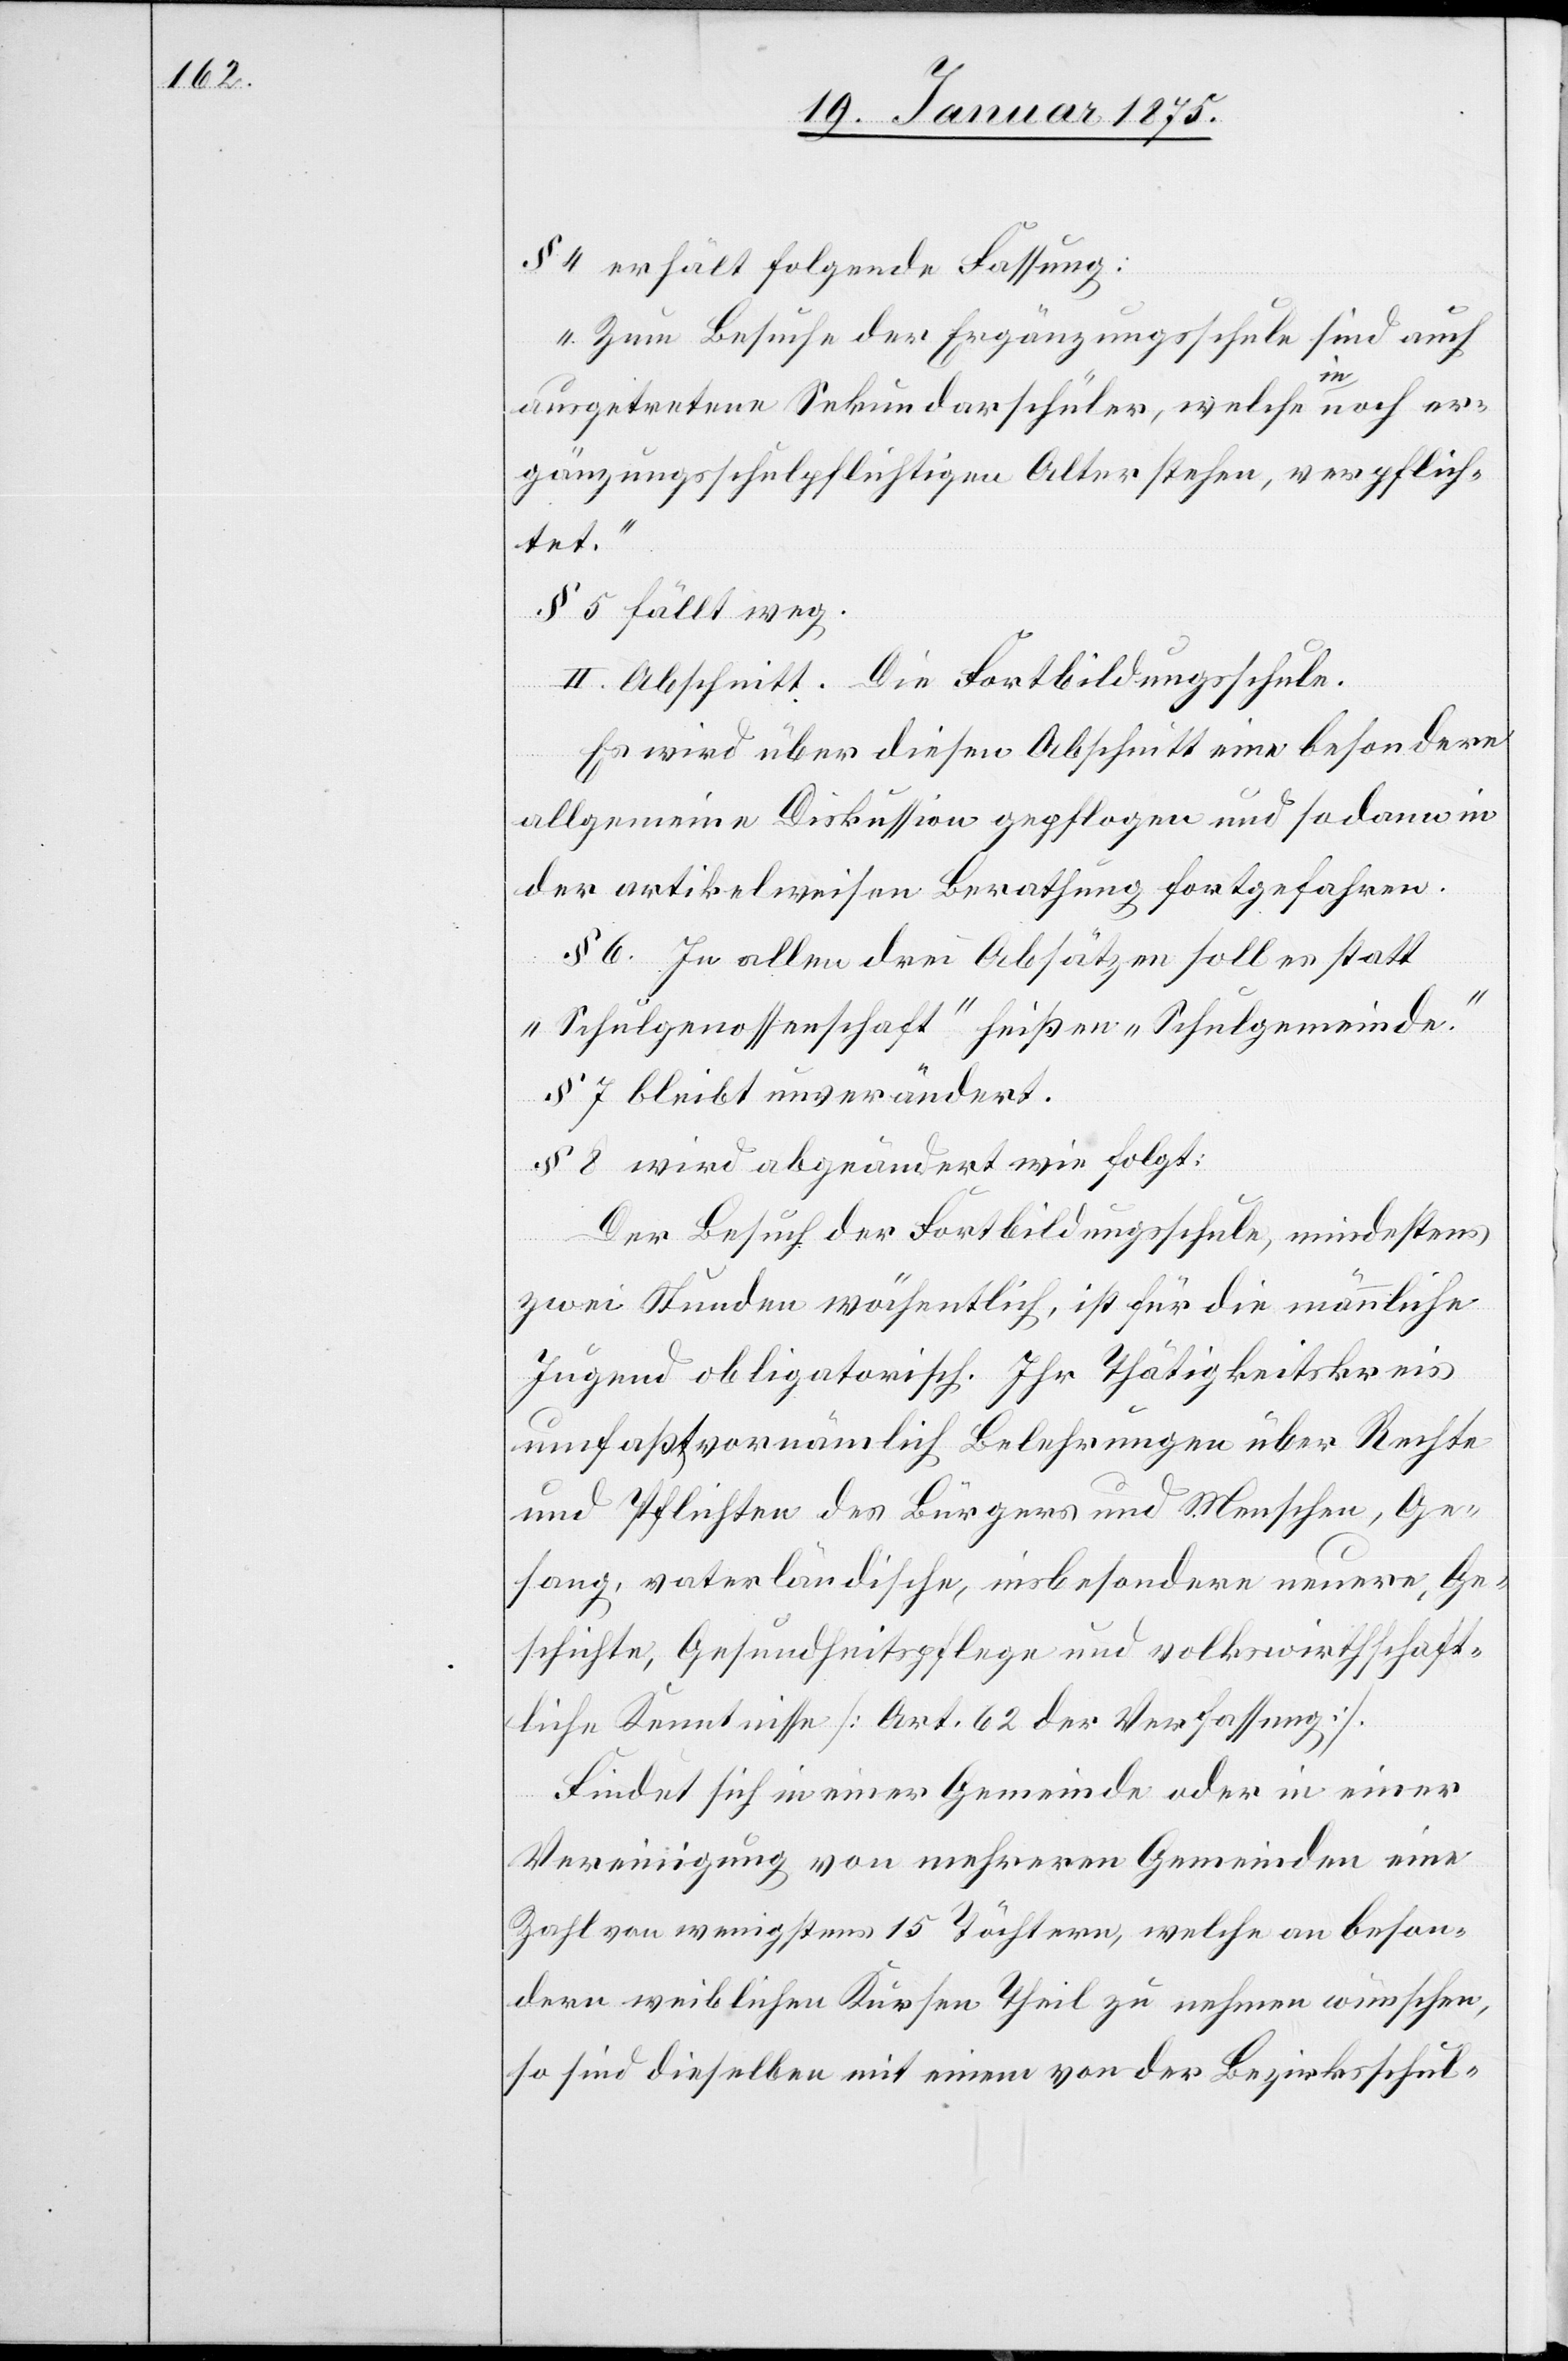
§ 4 erhält folgende Fassung:
„Zum Behufe der Ergänzungsschule sind auf
ausgetretene Sekundarschüler, welche a-in-a noch er¬
gänzungsschulpflichtigen Alter stehen, verpflich¬
tet.“
§ 5. fällt weg.
II. Abschnitt. Die Fortbildungsschule.
Es wird über diesen Abschnitt eine besondere
allgemeine Diskussion gepflogen und sodann in
der artikelweisen Berathung fortgefahren.
§ 6. In allen drei Absätzen soll es statt
„Schulgenossenschaft“ heißen „Schulgemeinde.“
§ 7 bleibt unverändert.
§ 8 wird abgeändert wie folgt:
Der Behuf der Fortbildungsschule, mindestens
zwei Stunden wöchentlich, ist für die männliche
Jugend obligatorisch. Ihr Thätigkeitskreis
umfaßt vornämlich Belehrungen über Rechte
und Pflichten des Bürgers und Menschen, Ge¬
sang, vaterländische, insbesondere neuere, Ge¬
schichte, Gesundheitspflege und volkswirtschaft¬
liche Kenntnisse (Art. 62 der Verfassung).
Findet sich in einer Gemeinde oder in einer
Vereinigung von mehreren Gemeinden eine
Zahl von wenigstens 15 Töchtern, welche an beson¬
dern weiblichen Kursen Theil zu nehmen wünschen,
so sind dieselben mit einem von der Bezirksschul-